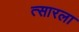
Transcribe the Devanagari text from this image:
त्सारला